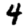
Digit: 4